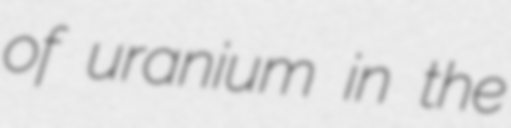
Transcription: of uranium in the